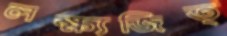
লক্ষ্যজিত্